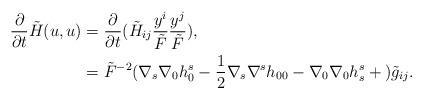
LaTeX: \begin{align*}\frac{\partial}{\partial t}\tilde{H}(u,u)&=\frac{\partial}{\partial t}(\tilde{H}_{ij}\frac{y^i}{\tilde{F}}\frac{y^j}{\tilde{F}}),\\&=\tilde{F}^{-2}(\nabla_s\nabla_0h_0^s-\frac{1}{2}\nabla_s\nabla^sh_{00}-\nabla_0\nabla_0h^s_s+{})\tilde{g}_{ij}.\end{align*}